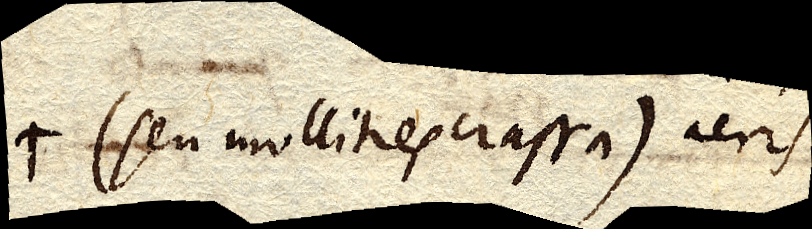
(seu mollities crassa) aeris